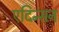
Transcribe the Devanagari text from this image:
एदिन्सन